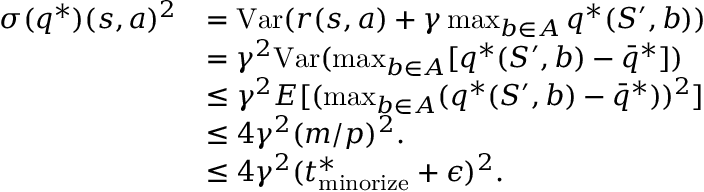
\begin{array} { r l } { \sigma ( q ^ { * } ) ( s , a ) ^ { 2 } } & { = \mathrm { V a r } ( r ( s , a ) + \gamma \operatorname* { m a x } _ { b \in A } q ^ { * } ( S ^ { \prime } , b ) ) } \\ & { = \gamma ^ { 2 } \mathrm { V a r } ( \operatorname* { m a x } _ { b \in A } [ q ^ { * } ( S ^ { \prime } , b ) - \bar { q } ^ { * } ] ) } \\ & { \leq \gamma ^ { 2 } E [ ( \operatorname* { m a x } _ { b \in A } ( q ^ { * } ( S ^ { \prime } , b ) - \bar { q } ^ { * } ) ) ^ { 2 } ] } \\ & { \leq 4 \gamma ^ { 2 } ( m / p ) ^ { 2 } . } \\ & { \leq 4 \gamma ^ { 2 } ( t _ { \mathrm { m i n o r i z e } } ^ { * } + \epsilon ) ^ { 2 } . } \end{array}